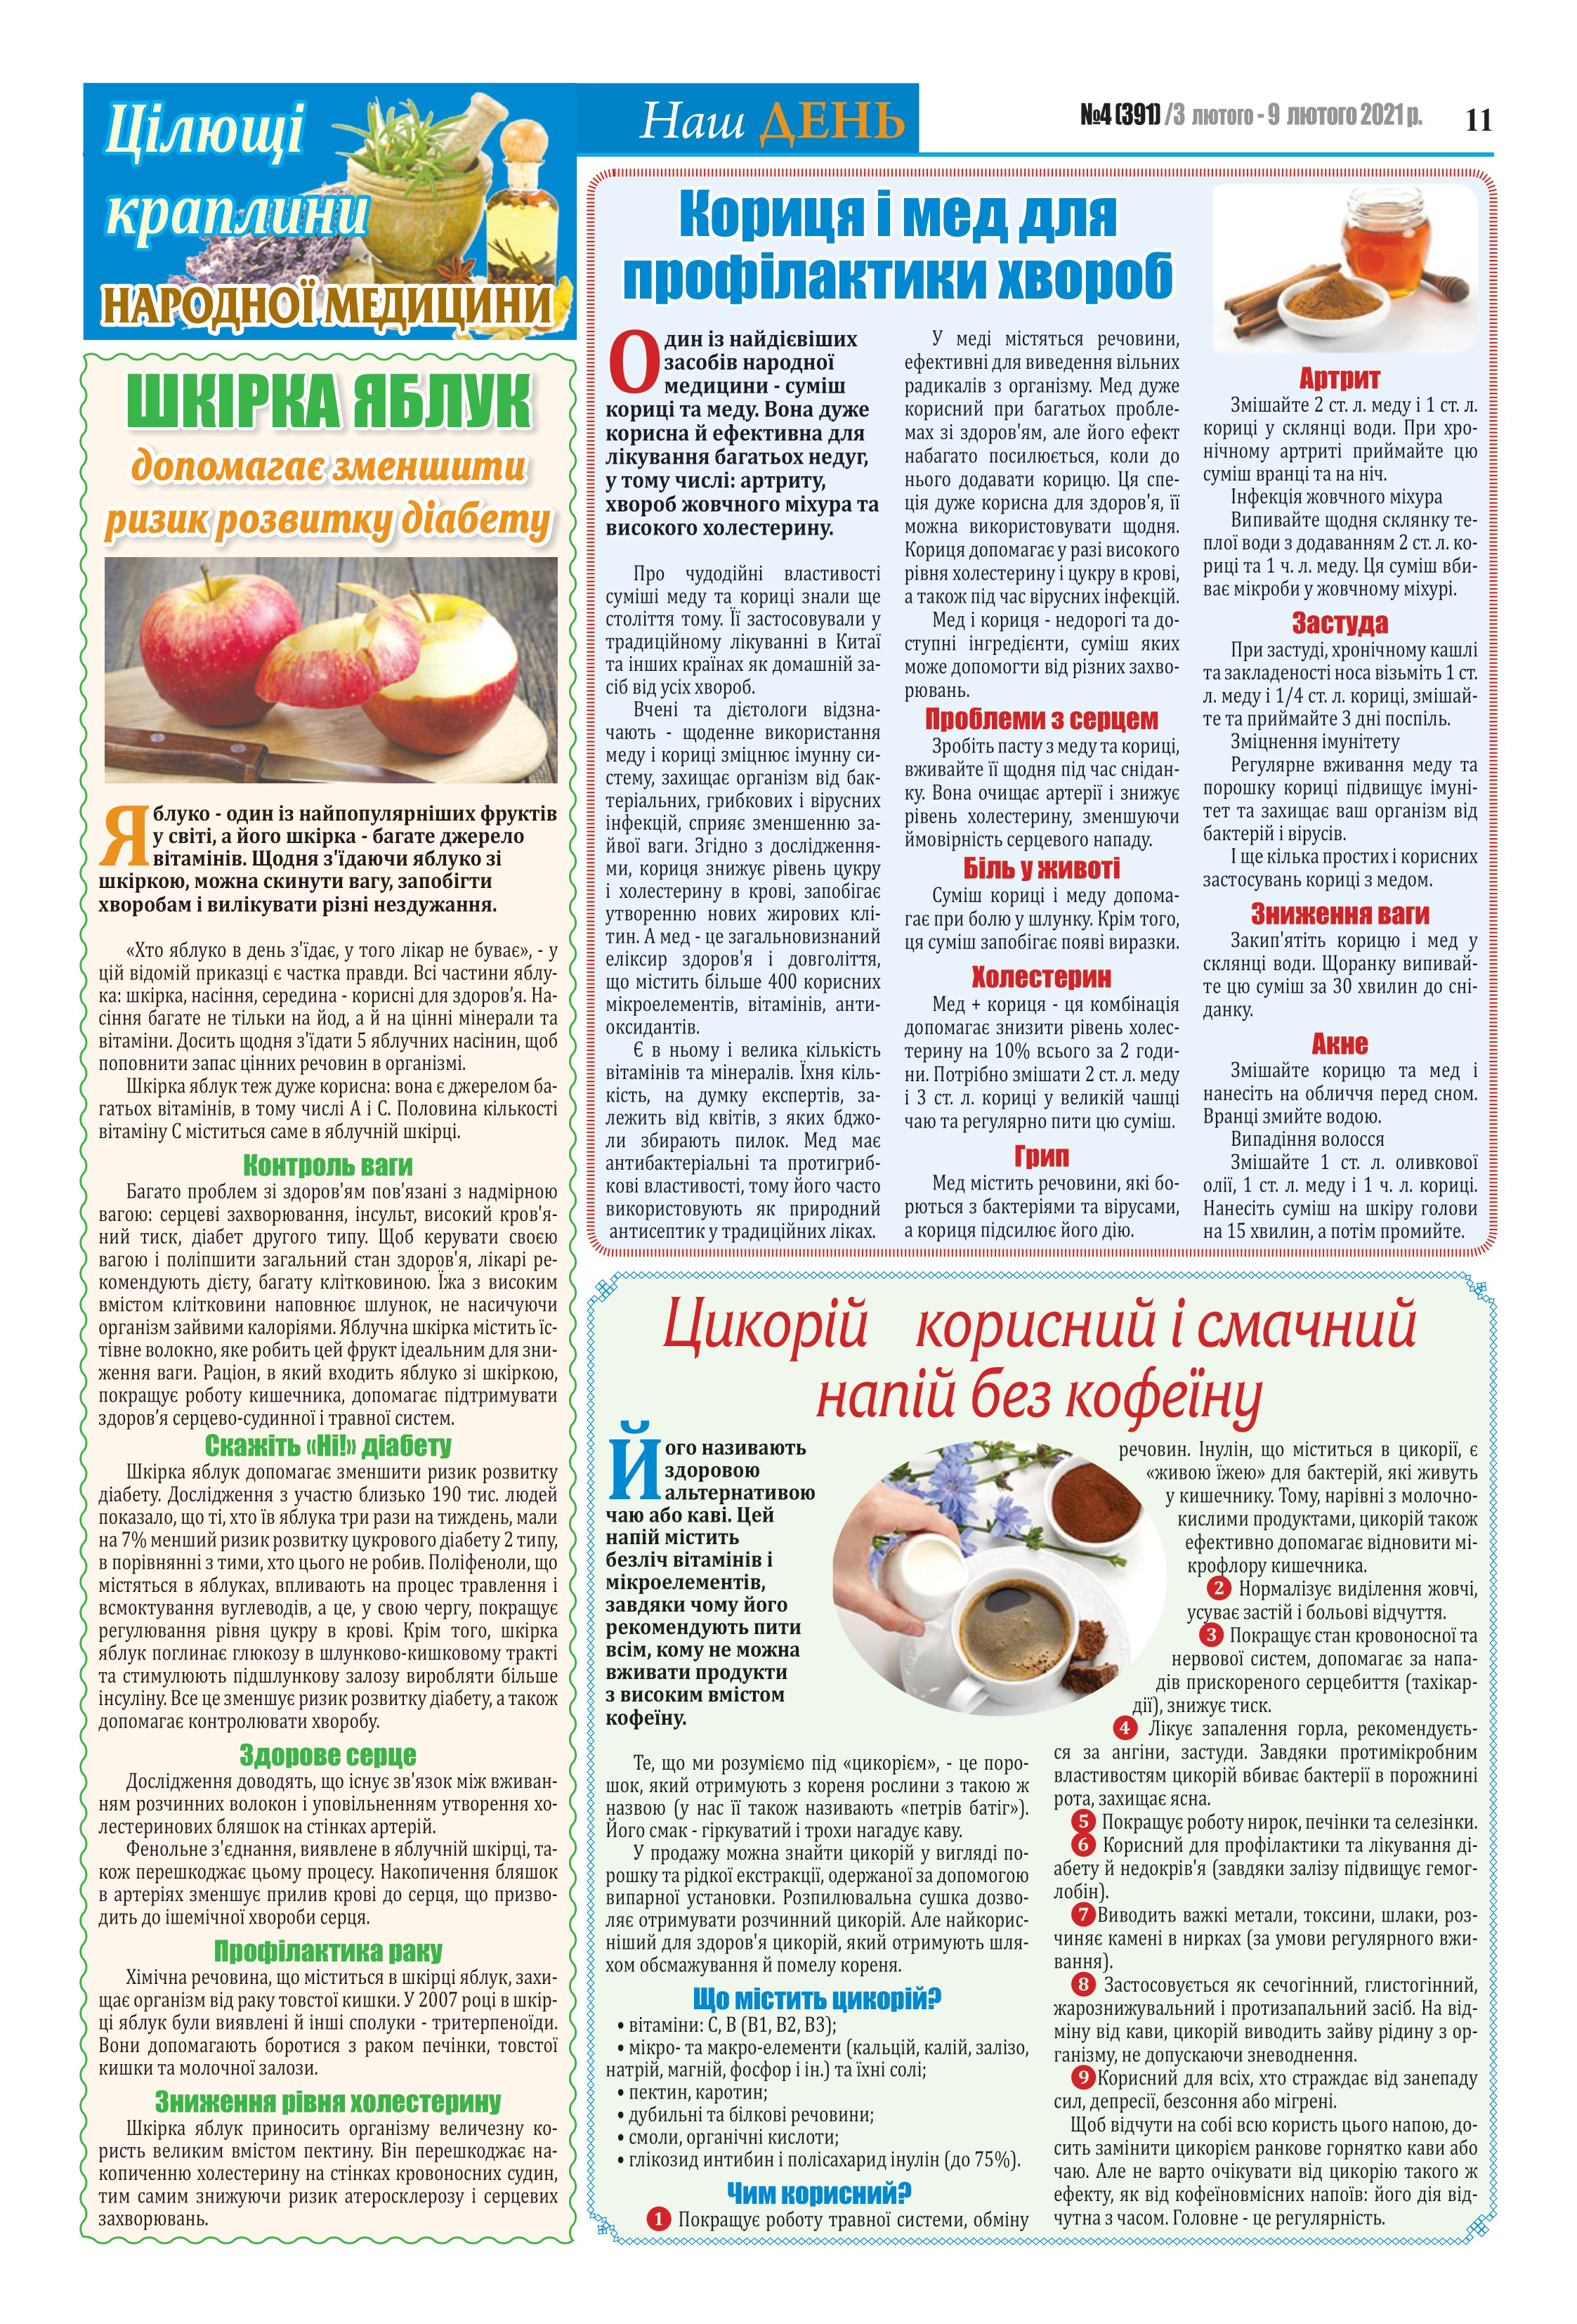
Language: uk